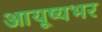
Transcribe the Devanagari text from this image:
आयूष्यभर